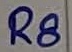
Text: R8